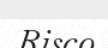
Risco